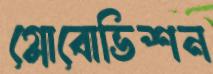
গ্লোবোভিশন